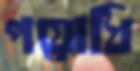
পয়োধি